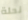
نحلة